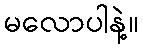
မလောပါနဲ့။